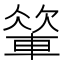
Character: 𨍁